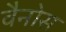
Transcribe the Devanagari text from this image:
वैनोस